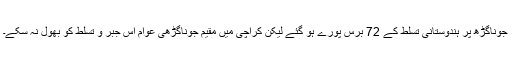
جوناگڑھ پر ہندوستانی تسلط کے 72 برس پورے ہو گئے لیکن کراچی میں مقیم جوناگڑھی عوام اس جبر و تسلط کو بھول نہ سکے۔